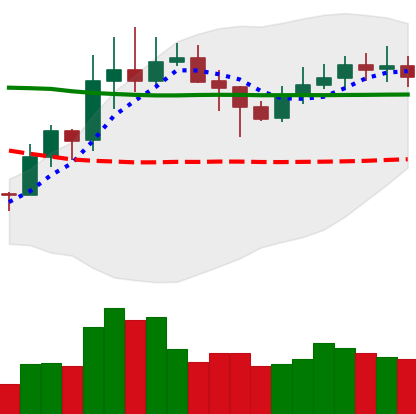
Ticker: XLM-USD
Chart end date: 2020-02-01
Forward return: 16.653%
Label: up_7plus